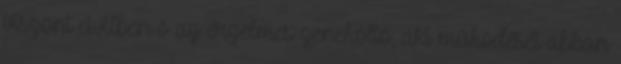
viszont civilben ő az érzelmes zeneköltő, aki működését abban